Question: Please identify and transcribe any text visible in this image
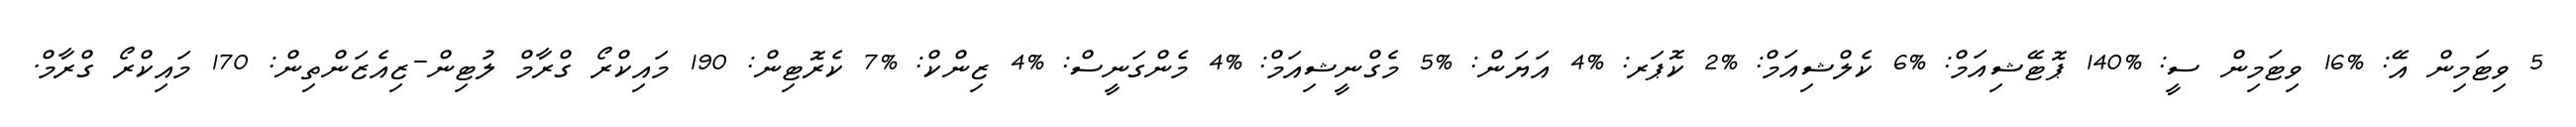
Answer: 5 ވިޓަމިން އޭ: %16 ވިޓަމިން ސީ: %140 ޕޮޓޭޝިއަމް: %6 ކެލްޝިއަމް: %2 ކޮޕަރ: %4 އަޔަން: %5 މެގްނީޝިއަމް: %4 މެންގަނީސް: %4 ޒިންކް: %7 ކެރޮޓިން: 190 މައިކްރޯ ގްރާމް ލުޓިން-ޒިއެޒަންތިން: 170 މައިކްރޯ ގްރާމް.